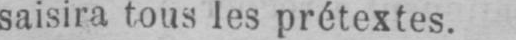
saisira tous les prétextes.